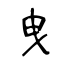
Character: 曳